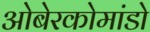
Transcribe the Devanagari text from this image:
ओबेरकोमांडो